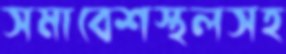
সমাবেশস্থলসহ